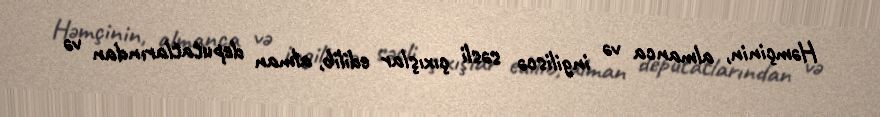
Həmçinin, almanca və ingiliscə səsli çıxışlar edilib, alman deputatlarından və